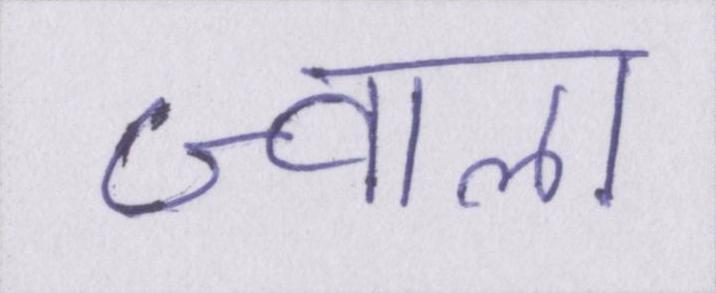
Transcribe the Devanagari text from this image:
ज्वाला